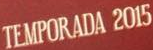
TEMPORADA 2015